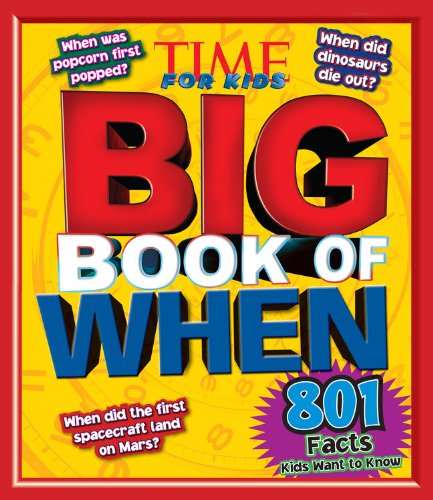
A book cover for TIME For Kids Big Book of WHEN: 801 Facts Kids Want to Know; Editors of TIME For Kids Magazine; Children's Books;